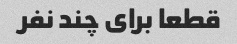
قطعا برای چند نفر